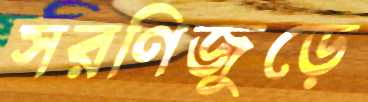
সরণিজুড়ে